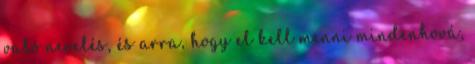
való nevelés, és arra, hogy el kell menni mindenhová,